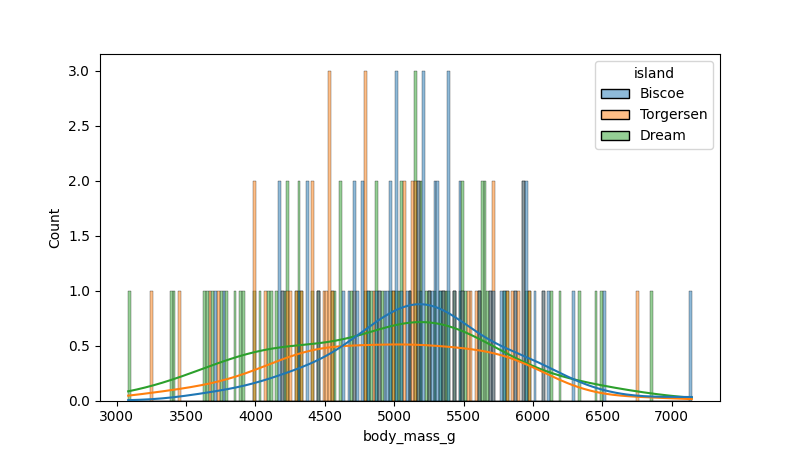
python, seaborn, histplot, hue='island', binwidth=20, bins='auto', element='bars'